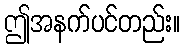
ဤအနက်ပင်တည်း။